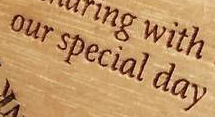
our special day